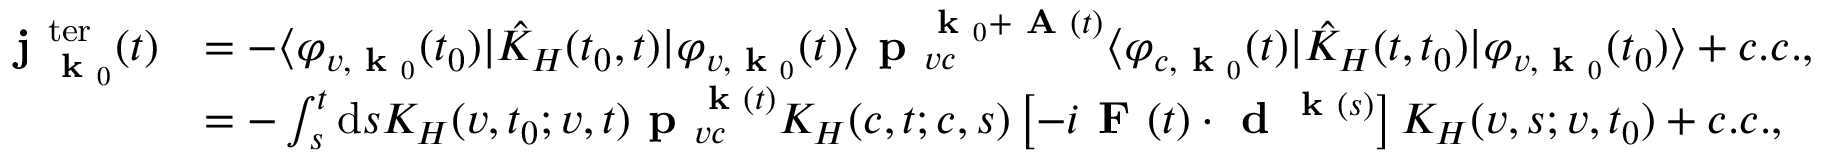
\begin{array} { r l } { \textbf { j } _ { \textbf { k } _ { 0 } } ^ { \mathrm { t e r } } ( t ) } & { = - \langle \varphi _ { v , \textbf { k } _ { 0 } } ( t _ { 0 } ) | \hat { K } _ { H } ( t _ { 0 } , t ) | \varphi _ { v , \textbf { k } _ { 0 } } ( t ) \rangle \textbf { p } _ { v c } ^ { \textbf { k } _ { 0 } + \textbf { A } ( t ) } \langle \varphi _ { c , \textbf { k } _ { 0 } } ( t ) | \hat { K } _ { H } ( t , t _ { 0 } ) | \varphi _ { v , \textbf { k } _ { 0 } } ( t _ { 0 } ) \rangle + c . c . , } \\ & { = - \int _ { s } ^ { t } \mathrm { d } s K _ { H } ( v , t _ { 0 } ; v , t ) \textbf { p } _ { v c } ^ { \textbf { k } ( t ) } K _ { H } ( c , t ; c , s ) \left[ - i \textbf { F } ( t ) \cdot \textbf { d } ^ { \textbf { k } ( s ) } \right] K _ { H } ( v , s ; v , t _ { 0 } ) + c . c . , } \end{array}